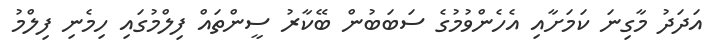
އަދަދު މާގިނަ ކަމަށާއި އެހެންވުމުގެ ސަބަބުން ބޭކާރު ސީންތައް ފިލްމުގައި ހިމެނި ފިލްމު